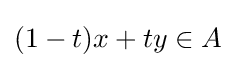
(1-t)x+ty\in A